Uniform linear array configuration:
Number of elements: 8
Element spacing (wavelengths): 1
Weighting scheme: uniform
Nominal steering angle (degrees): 15
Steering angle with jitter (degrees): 16.707
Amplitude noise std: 0.05
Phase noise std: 0.05

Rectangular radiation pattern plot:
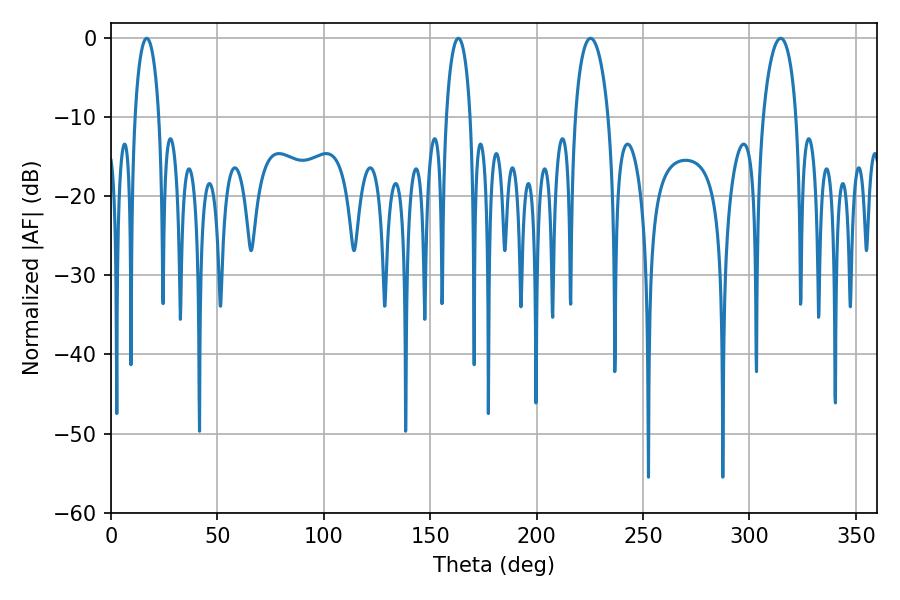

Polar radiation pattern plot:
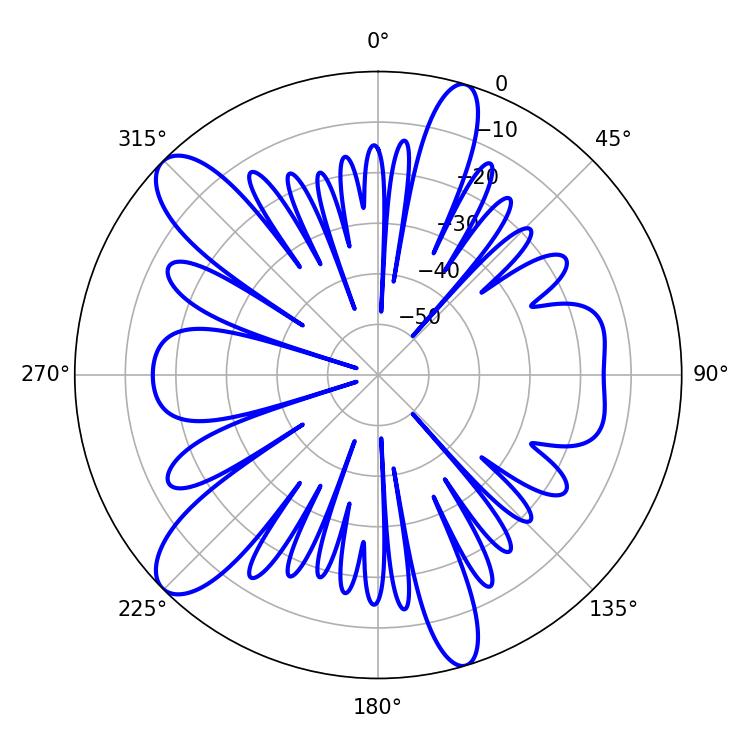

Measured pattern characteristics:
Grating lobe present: TRUE
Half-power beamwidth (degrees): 9
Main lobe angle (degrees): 225.36